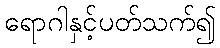
ရောဂါနှင့်ပတ်သက်၍